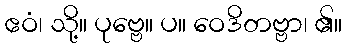
ဧဝံ၊ သို့။ ပုဗ္ဗေ။ ပ။ ဝေဒိတဗ္ဗာ၊ ၏။